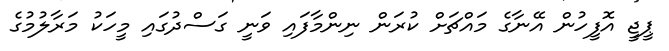
ޕީޖީ އޮފީހުން އޭނާގެ މައްޗަށް ކުރަން ނިންމާފައި ވަނީ ގަސްދުގައި މީހަކު މަރާލުމުގެ